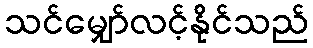
သင်မျှော်လင့်နိုင်သည်